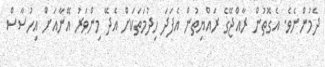
ދެމުންނެވެ. އެގޮތުން ރާއްޖޭގެ ރައްޔިތުން އެފަދަ ހިދުމަތަކަށް އެދޭ މިންވަރު އޭނާއަށް އިހުސާސް